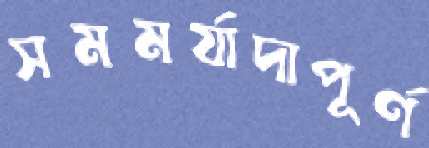
সমমর্যাদাপূর্ণ